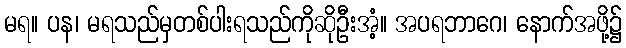
မရ။ ပန၊ မရသည်မှတစ်ပါးရသည်ကိုဆိုဦးအံ့။ အပရဘာဂေ၊ နောက်အဖို့၌